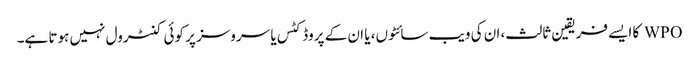
WPO کا ایسے فریقین ثالث، ان کی ویب سائٹوں، یا ان کے پروڈکٹس یا سروسز پر کوئی کنٹرول نہیں ہوتا ہے۔